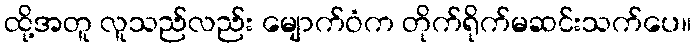
ထို့အတူ လူသည်လည်း မျောက်ဝံက တိုက်ရိုက်မဆင်းသက်ပေ။